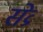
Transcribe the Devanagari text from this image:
सेव्र